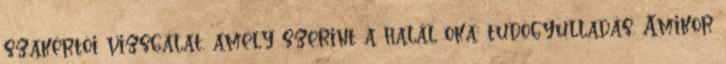
szakértõi vizsgálat, amely szerint a halál oka: tüdõgyulladás. Amikor